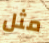
مثل